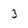
Character: 3